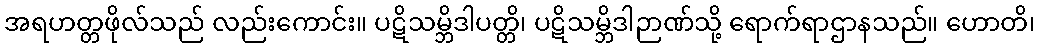
အရဟတ္တဖိုလ်သည် လည်းကောင်း။ ပဋိသမ္ဘိဒါပတ္တိ၊ ပဋိသမ္ဘိဒါဉာဏ်သို့ ရောက်ရာဌာနသည်။ ဟောတိ၊